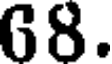
66.